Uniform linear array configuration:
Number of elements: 12
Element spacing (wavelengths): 1
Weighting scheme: exponential
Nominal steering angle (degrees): -30
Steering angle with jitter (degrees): -28.385
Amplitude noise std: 0.05
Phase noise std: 0.05

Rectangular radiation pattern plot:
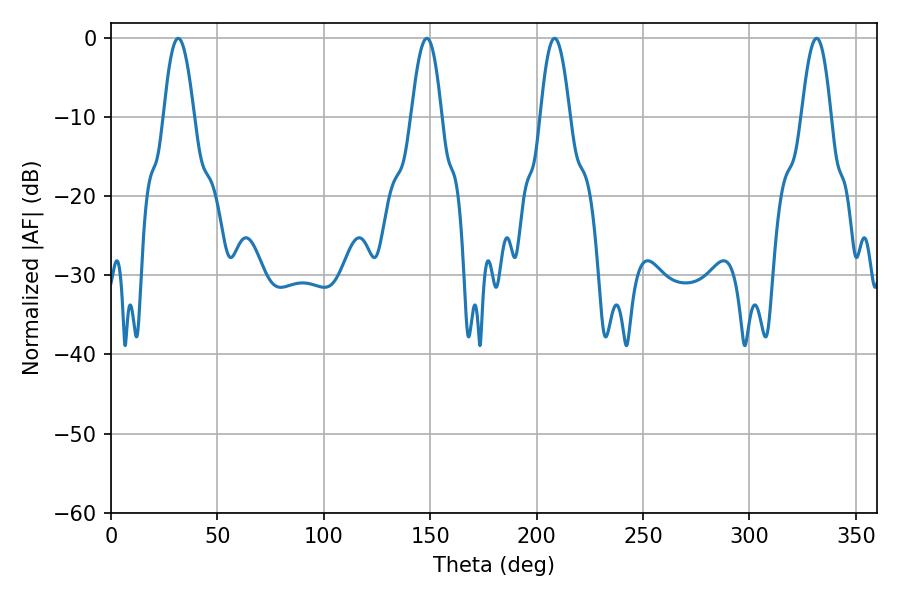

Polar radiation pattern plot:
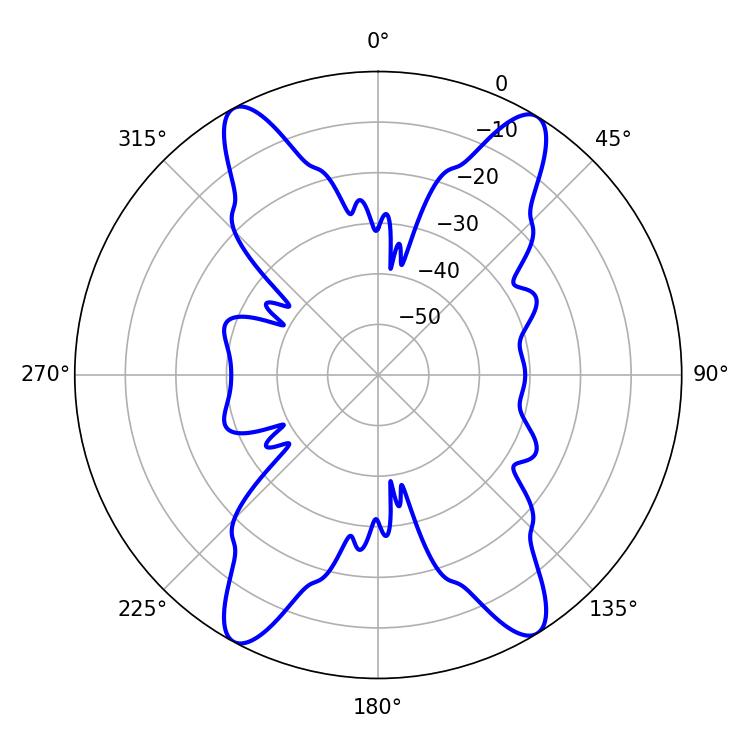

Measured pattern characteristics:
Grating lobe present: TRUE
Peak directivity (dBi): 20.021
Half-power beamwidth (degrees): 7.38
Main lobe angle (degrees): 208.44